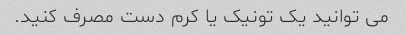
می توانید یک تونیک یا کرم دست مصرف کنید.